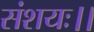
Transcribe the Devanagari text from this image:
संशयः।।